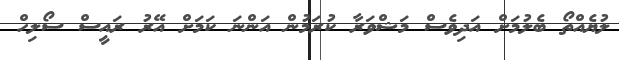
ލުޔެއްތޯ ބެލުމަށް އަދިވެސް މަޝްވަރާ ކުރަމުން އަންނަ ކަމަށް އޭރު ރައީސް ސޯލިހް